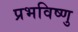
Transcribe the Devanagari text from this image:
प्रभविष्णु